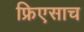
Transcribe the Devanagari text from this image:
फ्रिएसाच